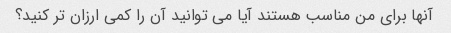
آنها برای من مناسب هستند آیا می توانید آن را کمی ارزان تر کنید؟